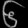
Digit: ၆